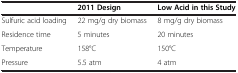
<table><thead><tr><td><b> </b></td><td><b>2011 Design</b></td><td><b>Low Acid in this Study</b></td></tr></thead><tbody><tr><td>Sulfuric acid loading</td><td>22 mg/g dry biomass</td><td>8 mg/g dry biomass</td></tr><tr><td>Residence time</td><td>5 minutes</td><td>20 minutes</td></tr><tr><td>Temperature</td><td>158°C</td><td>150°C</td></tr><tr><td>Pressure</td><td>5.5 atm</td><td>4 atm</td></tr></tbody></table>